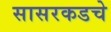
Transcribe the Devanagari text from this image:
सासरकडचे